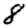
Digit: 8